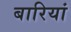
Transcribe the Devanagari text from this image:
बारियां